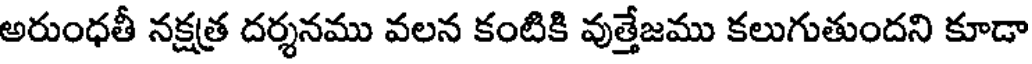
అరుంధతీ నక్షత్ర దర్శనము వలన కంటికి వుత్తేజము కలుగుతుందని కూడా